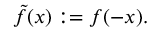
{ \tilde { f } } ( x ) : = f ( - x ) .